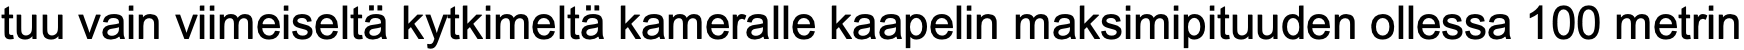
tuu vain viimeiseltä kytkimeltä kameralle kaapelin maksimipituuden ollessa 100 metrin